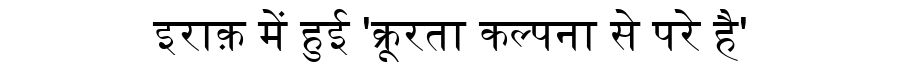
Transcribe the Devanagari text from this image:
इराक़ में हुई 'क्रूरता कल्पना से परे है'